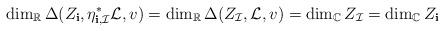
LaTeX: \begin{align*}\dim_{\mathbb R} \Delta(Z_{\mathbf i}, \eta_{{\bf i}, \mathcal I}^{\ast} \mathcal L,v) = \dim_{\mathbb R} \Delta(Z_{\mathcal I}, \mathcal L, v) = \dim_{\mathbb C} Z_{\mathcal I} = \dim_{\mathbb C} Z_{\mathbf i}\end{align*}